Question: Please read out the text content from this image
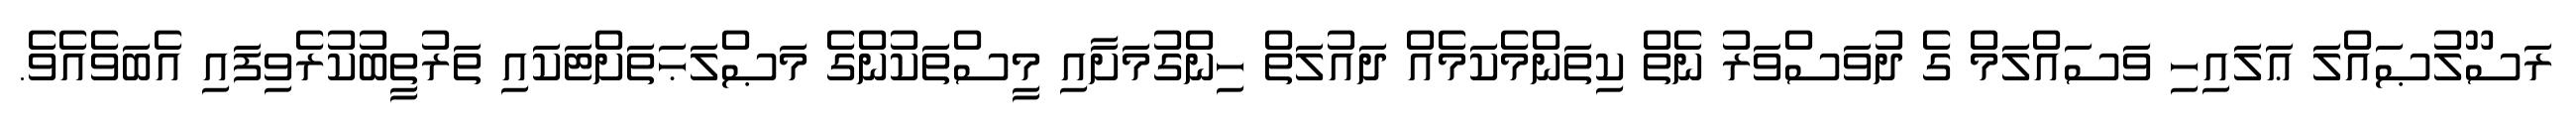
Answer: ރަސޫލުޞައްލަ ޢަލައިހި ވަސައްލަމް ގެ ދުވަސްވަރު ނެތް ކިތަންމެކަމެއް ދައުލަތް ހިންގުމަށާއި މީސްތަކުންގެ މަޞްލަޙަތަށްޓަކައި ތަރުތީބުކުރެވިފައި އެބަވެއެވެ.